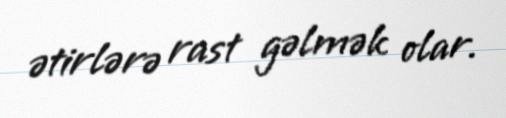
ətirlərə rast gəlmək olar.